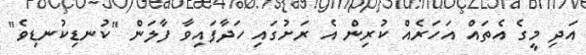
އަދި މީގެ އެތައް އަހަރެއް ކުރިން އެ ރަށުގައި ހަދާފައިވާ ފާލަން "ކުނޑިކުނޑިވެ"